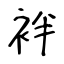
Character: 袢